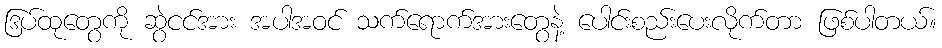
ဒြပ်ထုတွေကို ဆွဲငင်အား အပါအဝင် သက်ရောက်အားတွေနဲ့ ပေါင်းစည်းပေးလိုက်တာ ဖြစ်ပါတယ်။